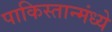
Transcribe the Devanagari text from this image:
पाकिस्तान्मंध्ये